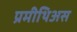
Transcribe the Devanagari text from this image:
प्रमीथिअस